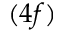
( 4 f )